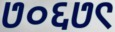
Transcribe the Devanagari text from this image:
७०६७९